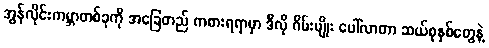
အွန်လိုင်းကမ္ဘာတစ်ခုကို အခြေတည် ကစားရရာမှာ ဒီလို ဂိမ်းမျိုး ပေါ်လာတာ ဆယ်စုနှစ်တွေနဲ့